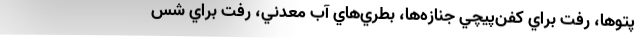
پتوها، رفت براي كفن‌پيچي جنازه‌ها، بطري‌هاي آب معدني، رفت براي شس